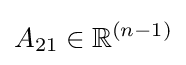
A_{21}\in \mathbb {R} ^{(n-1)}